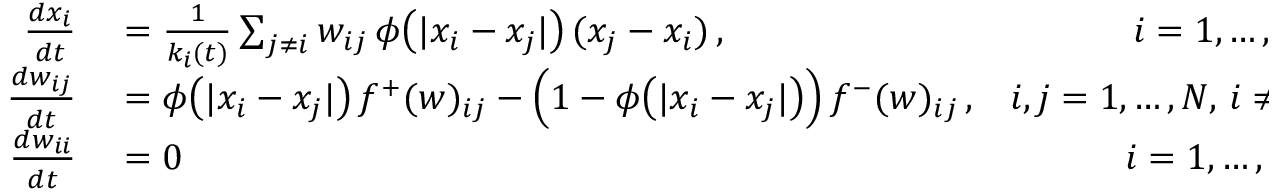
\begin{array} { r l r } { \frac { d x _ { i } } { d t } } & { { } = \frac { 1 } { k _ { i } ( t ) } \sum _ { j \neq i } w _ { i j } \, \phi \big ( | x _ { i } - x _ { j } | \big ) \, ( x _ { j } - x _ { i } ) \, , } & { i = 1 , \dots , N } \\ { \frac { d w _ { i j } } { d t } } & { { } = \phi \big ( | x _ { i } - x _ { j } | \big ) \, f ^ { + } ( w ) _ { i j } - \Big ( 1 - \phi \big ( | x _ { i } - x _ { j } | \big ) \Big ) \, f ^ { - } ( w ) _ { i j } \, , } & { i , j = 1 , \dots , N , \, i \neq j } \\ { \frac { d w _ { i i } } { d t } } & { { } = 0 } & { i = 1 , \dots , N . } \end{array}